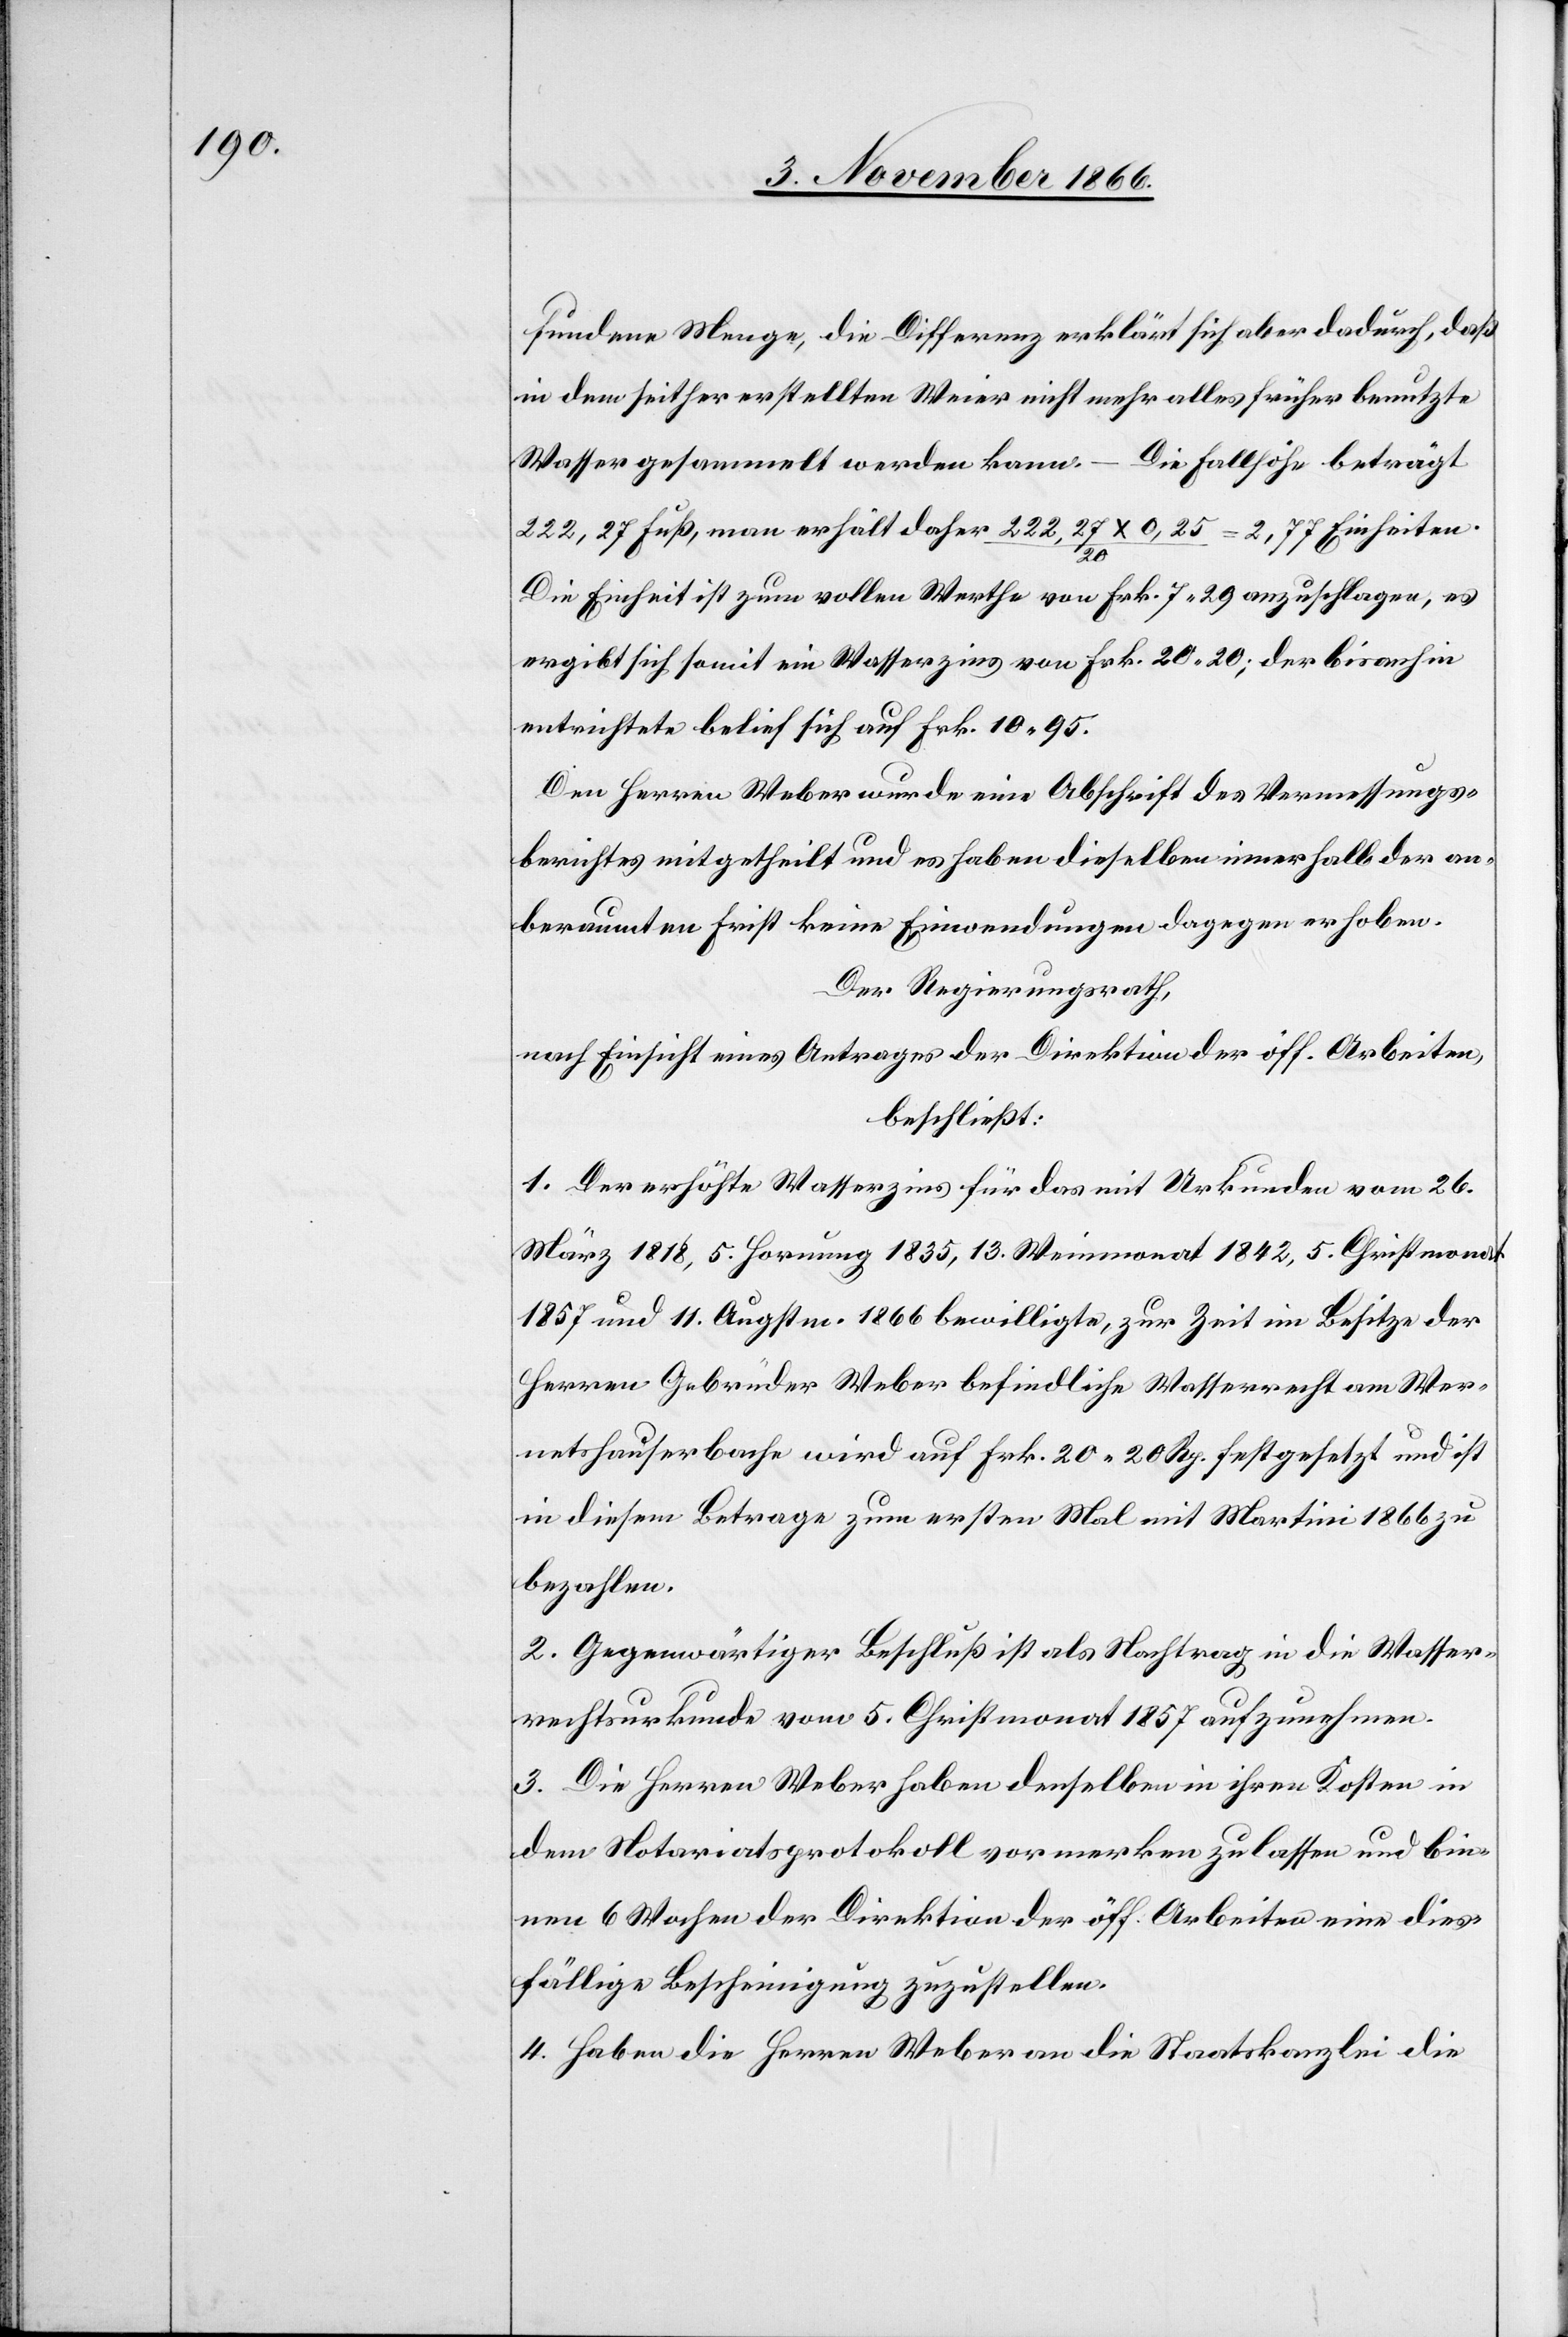
fundene Menge, die Differenz erklärt sich aber dadurch, daß
in dem seither erstellten Weier nicht mehr alles früher benutzte
Wasser gesammelt werden kann. – Die Fallhöhe beträgt
222,27 Fuß, man erhält daher 222,27 x 0,25 / 20 = 2,77 Einheiten.
Die Einheit ist zum vollen Werthe von Frk. 7.29 anzuschlagen, es
ergibt sich somit ein Wasserzins von Frk. 20.20; der bisanhin
entrichtete belief sich auf Frk. 10.95.
Den Herren Weber wurde eine Abschrift des Vermessungs¬
berichtes mitgetheilt und es haben dieselben innerhalb der an¬
beraumten Frist keine Einwendungen dagegen erhoben.
Der Regierungsrath,
nach Einsicht eines Antrages der Direktion der öff. Arbeiten,
beschließt:
1. Der erhöhte Wasserzins für das mit Urkunden vom 26.
März 1818, 5. Hornung 1835, 13. Weinmonat 1842, 5. Christmonat
1857 und 11. Augstm. 1866 bewilligte, zur Zeit im Besitze der
Herren Gebrüder Weber befindliche Wasserrecht am Wer¬
netshauserbache wird auf Frk. 20.20 Rp. festgesetzt und ist
in diesem Betrage zum ersten Mal mit Martini 1866 zu
bezahlen.
2. Gegenwärtiger Beschluß ist als Nachtrag in die Wasser¬
rechtsurkunde vom 5. Christmonat 1857 aufzunehmen.
3. Die Herren Weber haben denselben in ihren Kosten in
dem Notariatsprotokoll vormerken zu lassen und bin¬
nen 6 Wochen der Direktion der öff. Arbeiten eine dies¬
fällige Bescheinigung zuzustellen.
4. Haben die Herren Weber an die Staatskanzlei die